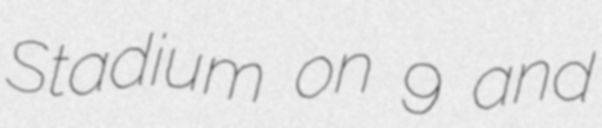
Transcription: Stadium on 9 and